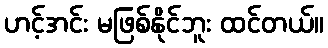
ဟင့်အင်း မဖြစ်နိုင်ဘူး ထင်တယ်။